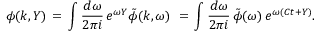
\phi ( k , Y ) \, = \, \int { \frac { d \omega } { 2 \pi i } } \, e ^ { \omega Y } \tilde { \phi } ( k , \omega ) \, \, = \, \int { \frac { d \omega } { 2 \pi i } } \, \tilde { \phi } ( \omega ) \, e ^ { \omega ( C t + Y ) } .